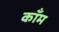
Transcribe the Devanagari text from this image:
कॉँम